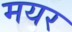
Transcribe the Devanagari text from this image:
मयर